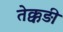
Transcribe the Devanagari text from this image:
तेक्कड़ी